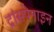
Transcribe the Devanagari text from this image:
ट्रांसपेनाइन